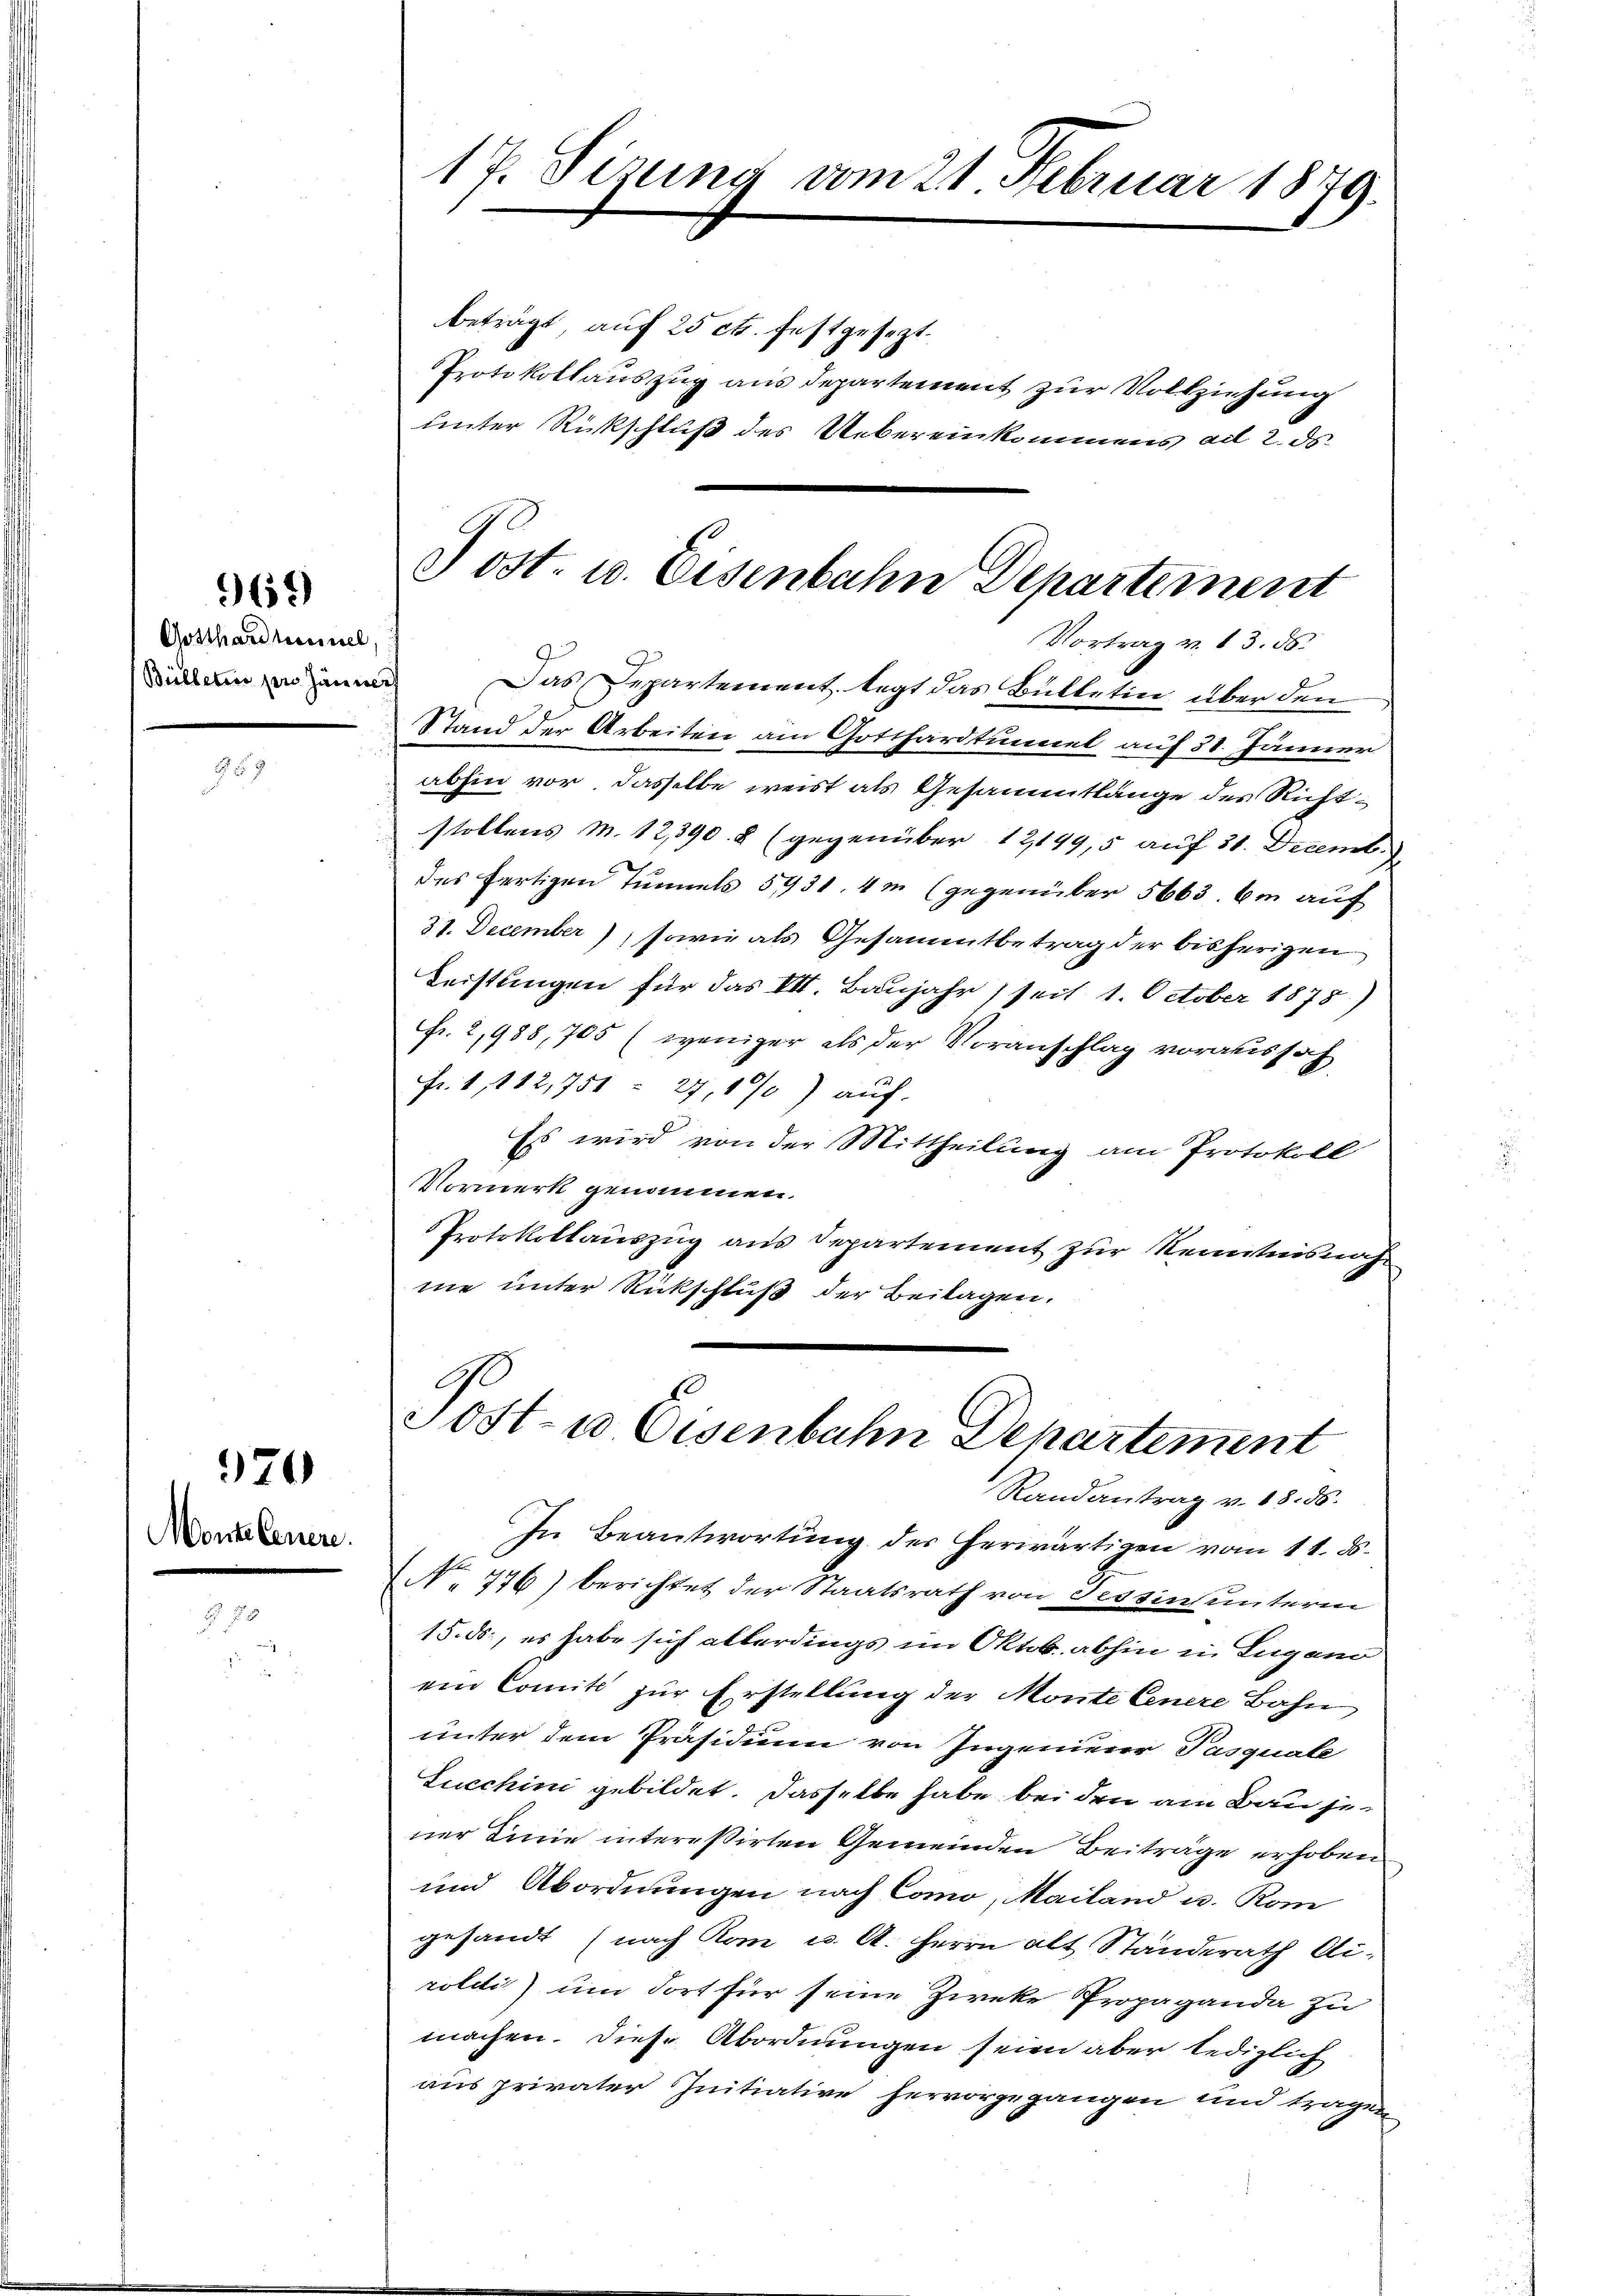
Gotthardhonnel
Bulletire per Jänners

969)

970

Monte Genere

17. Sizung vom 21 Februar 1879.

beträgt auf 25 ct. festgesezt.
Protokollauszug aus Departement zur Vollziehung
unter Rückschluß des Uebereinkommens ad 2. ds.
Vortrag v. 13. ds.
i
Das Departement legt das Bülletin über den
Stand der Arbeiten am Gotthardtunnel auf 31. Jänner
abhin vor, dasselbe weist als Gesammtlänge des Richtstollens M. 12,390. 8 (gegenüber 121499,5 auf 31. Decemb.
des fertigen Tunnels 5931. 4m (gegenüber 5663. 6m auf
31. December), sowie als Gesammtbetrag der bisherigen
Leistungen für das VII. Baŭjahr 1 seit 1. October 1878)
Fr. 2,988, 705 (weniger als der Voranschlag voraussah
Fr. 1, 112,751 - 27, 190) auf.
Es wird von der Mittheilung am Protokoll
Vormerk genommen.
Protokollauszug aus Departement zur Kenntnis nach
me unter Rückschluß der Beilagen.
Gl
Post- u Eisenbahn Departement
Randantrag v. 18. 56.
In Beantwortung der herwärtigen vom 11. ds.
No 776) berichtet der Staatsrath von Sessinsunterin
15. ds., es habe sich allerdings im Oktob. abhin in Lugano
ein Comite zur Erstellung der Monte Cenere Bahn
unter dem Präsidium von Ingenieur Pasquale
Lucchini gebildet. Dasselbe habe bei den am Bau sener Linie interessirten Gemeinden Beiträge erhoben
und Abordnungen nach Como, Mailand u. Rom
gesandt (nach Rom u. A. Herrn Alt Standerath Ali-
rolii) um dort für seine Zweke Propaganda zu
machen. Diese Abordnungen seien aber lediglich
aus privater Initiative hervorgegangen und tragen

Post. u. Eisenbahn Departement